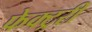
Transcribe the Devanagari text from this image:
फेक्ट्ररी